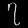
Digit: ၇